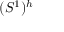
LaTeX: ( S ^ { 1 } ) ^ { h }